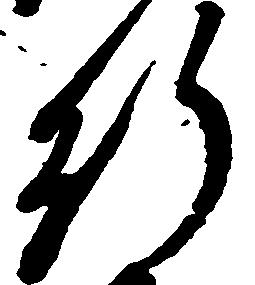
行